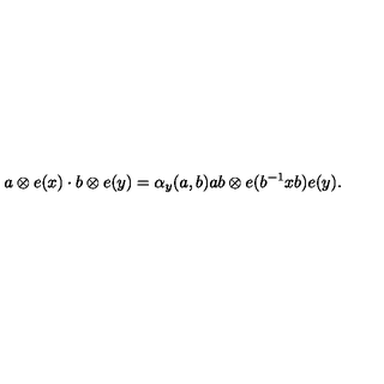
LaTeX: a \otimes e ( x ) \cdot b \otimes e ( y ) = \alpha _ { y } ( a , b ) a b \otimes e ( b ^ { - 1 } x b ) e ( y ) .